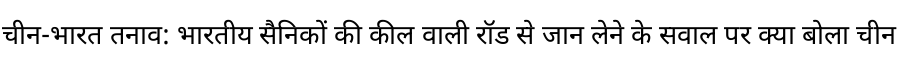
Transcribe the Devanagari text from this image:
चीन-भारत तनाव: भारतीय सैनिकों की कील वाली रॉड से जान लेने के सवाल पर क्या बोला चीन